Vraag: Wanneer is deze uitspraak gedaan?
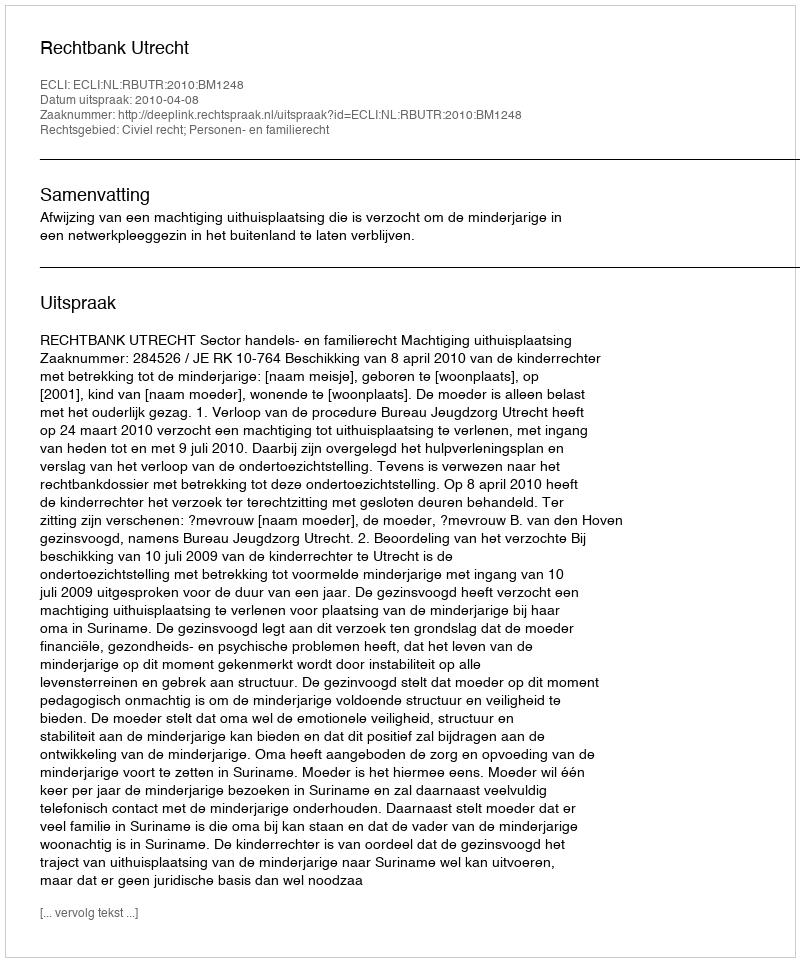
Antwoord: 2010-04-08